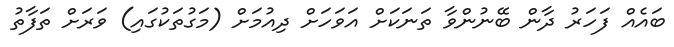
ބައެއް ފަހަރު ދާން ބޭނުންވާ ތަނަކަށް އަވަހަށް ދިއުމަށް (މަގުތަކުގައި) ވަރަށް ތަފާތު